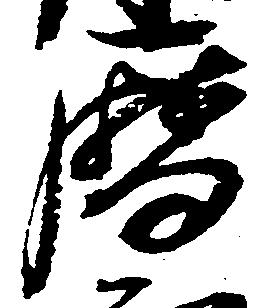
暦